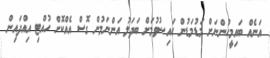
އަނެއް ބައިމީހުންނަށް މަޑުމަޑުން ޙައިޟުވުމަށް ބަދަލު އަންނަމުން ގޮސް އެއްކޮށް ހުއްޓި އިއްދައިން